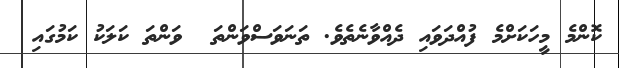
ކޮންމެ މީހަކަށްމެ ފުއްދަވައި ދެއްވާނެތެވެ. ތަނަވަސްވަންތަ  ވަންތަ ކަލަކު ކަމުގައި